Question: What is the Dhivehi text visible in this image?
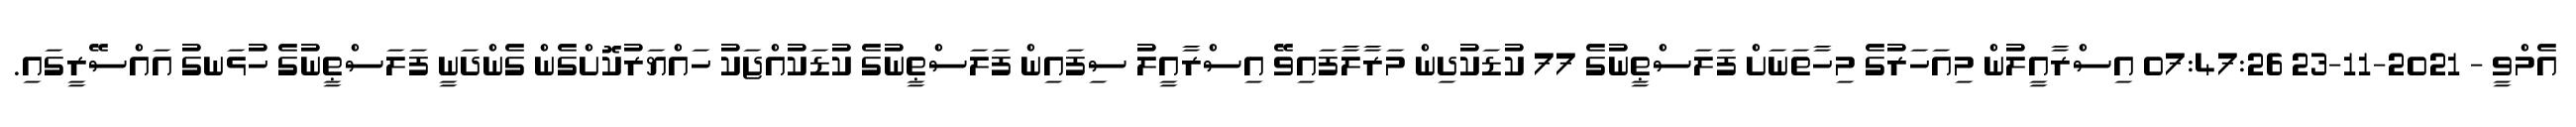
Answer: އެމްވީ - 2021-11-23 07:47:26 އިސްރާއީލުން މިއަހަރުގެ މިހާތަނަށް ފަލަސްޠީނުގެ 77 ކުޑަކުދިން މަރާލާފައިވޭ އިސްރާއީލު ސިފައިން ފަލަސްޠީނުގެ ކުޑަކުއްޖަކު ހައްޔަރުކޮށްގެން ގެންދަނީ ފަލަސްޠީނުގެ ހުޅަނގު އައްސޭރީގައި.